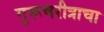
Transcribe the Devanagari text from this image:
गुरूचरीत्राचा